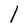
Character: l